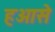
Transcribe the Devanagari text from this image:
हओसे